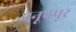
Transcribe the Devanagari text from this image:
अनूपपूर